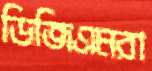
ডিজিএমরা